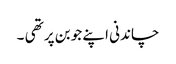
چاندنی اپنے جوبن پر تھی ۔